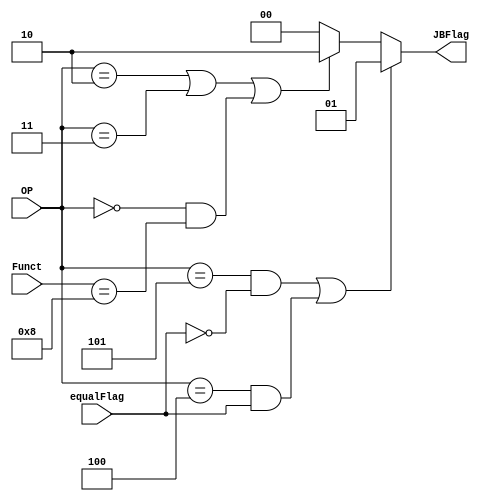
module JBControl(OP,Funct,equalFlag,JBFlag);
input [5:0] OP,Funct;
input equalFlag;
output reg[1:0] JBFlag;
 parameter R_Type = 6'b000000;
 parameter J = 6'b000010;
 parameter JAL = 6'b000011;
 parameter BEQ = 6'b000100;
 parameter BNE = 6'b000101;
 parameter JR = 6'b001000;
always @ (*) begin
  if ((OP==BNE && ~equalFlag) || (OP==BEQ && equalFlag)) JBFlag<=2'b01;
  else if ((OP == J) || (OP == JAL) || ((OP == R_Type) && (Funct == JR))) JBFlag<=2'b10;
  else JBFlag <= 2'b00;
end
endmodule

module JumpMux(OP,Funct,JRawAddr,PCPlus4,ReadData1,JAddr);
input [5:0] OP,Funct;
input [25:0] JRawAddr;
input [31:0] PCPlus4,ReadData1;
output reg [31:0] JAddr;
parameter J = 6'b000010;
parameter JAL = 6'b000011;
always @ (*) begin
  if((OP == J) || (OP == JAL)) JAddr<={PCPlus4[31:28],JRawAddr,2'b00};
  else JAddr<=ReadData1;
end
endmodule

module LinkControl(OP,Link);
parameter JAL = 6'b000011;
input [5:0] OP;
output Link;
assign Link = (OP==JAL)?1'b1:1'b0;
endmodule
module ControlUnit(reset,CtlMux,op,funct,RegWrite,MemtoReg,Branch,ALUControl,ALUSrc,RegDst,MemWrite,invalidRt);
parameter R=6'b000000;
parameter STOP = 6'b111111;
parameter lw=6'b100011;
parameter sw=6'b101011;
parameter beq=6'b000100;
parameter addi = 6'b001000; 
parameter andi = 6'b001100; 
parameter ori = 6'b001101;
parameter slti = 6'b001010;
parameter xori = 6'b001110;
//funct below
parameter addx = 6'b100000;
parameter addux = 6'b100001;
parameter subx = 6'b100010;
parameter subux = 6'b100011;
parameter andx = 6'b100100;
parameter norx = 6'b100111;
parameter orx = 6'b100101;
parameter xorx = 6'b100110;
parameter sllx = 6'b000000;
parameter sllvx = 6'b000100;
parameter srlx = 6'b000010;
parameter srlvx = 6'b000110;
parameter srax = 6'b000011;
parameter sravx = 6'b000111;
parameter sltx = 6'b101010;
parameter jrx = 6'b001000; 
  //alu code
parameter ADD = 4'b0001;
parameter AND = 4'b0010;
parameter OR = 4'b0011;
parameter SUB = 4'b0100;
parameter SLL = 4'b0101;
parameter SRL = 4'b0110;
parameter SRA = 4'b0111;
parameter LESS = 4'b1000;
parameter NOR = 4'b1001;
parameter SLLV = 4'b1010;
parameter SRLV = 4'b1011;
parameter SRAV = 4'b1100;
parameter XOR = 4'b1101;
//func
parameter J = 6'b000010;
parameter JAL = 6'b000011;
parameter BEQ = 6'b000100;
parameter BNE = 6'b000101;
parameter JR = 6'b001000;
input wire[5:0] op,funct;
input reset;
input CtlMux;
output reg RegDst,Branch,MemtoReg,MemWrite,ALUSrc,RegWrite,invalidRt;
output reg [3:0] ALUControl;

  always @(*)
  begin
if(reset==1) begin
    RegDst <= 1'b0;
   Branch <= 1'b0;
   MemtoReg <= 1'b0;
   ALUControl <= 4'b0000;
   MemWrite <= 1'b0;
   ALUSrc <= 1'b0;
   RegWrite <= 1'b0;
   invalidRt <= 1'b0;
end
  end

  always@(*)
    begin
    if(CtlMux==1'b1)
    begin
        RegDst <= 1'b0;
        Branch <= 1'b0;
        MemtoReg <= 1'b0;
        ALUControl <= 4'b0000;
        MemWrite <= 1'b0;
        ALUSrc <= 1'b0;
        RegWrite <= 1'b0;
        invalidRt <= 1'b0;
    end
    else begin
        case (op)

        STOP:
    begin
        RegDst <= 1'b0;
        Branch <= 1'b0;
        MemtoReg <= 1'b0;
        ALUControl <= 4'b0000;
        MemWrite <= 1'b0;
        ALUSrc <= 1'b0;
        RegWrite <= 1'b0;
        invalidRt <= 1'b0;
    end

        R:           

          begin
          case (funct)
                addx: begin
                    RegWrite <= 1'b1;
                    MemtoReg <= 1'b0;
                    MemWrite <= 1'b0;
                    Branch <= 1'b0;
                    ALUControl <= ADD;
                    ALUSrc <= 1'b0;
                    RegDst <= 1'b1;
                    invalidRt <= 1'b0;
                end
                addux: begin
                    RegWrite <= 1'b1;
                    MemtoReg <= 1'b0;
                    MemWrite <= 1'b0;
                    Branch <= 1'b0;
                    ALUControl <= ADD;
                    ALUSrc <= 1'b0;
                    RegDst <= 1'b1;
                    invalidRt <= 1'b0;
                end
                subx: begin
                    RegWrite <= 1'b1;
                    MemtoReg <= 1'b0;
                    MemWrite <= 1'b0;
                    Branch <= 1'b0;
                    ALUControl <= SUB;
                    ALUSrc <= 1'b0;
                    RegDst <= 1'b1;
                    invalidRt <= 1'b0;
                end
                subux: begin
                    RegWrite <= 1'b1;
                    MemtoReg <= 1'b0;
                    MemWrite <= 1'b0;
                    Branch <= 1'b0;
                    ALUControl <= SUB;
                    ALUSrc <= 1'b0;
                    RegDst <= 1'b1;
                    invalidRt <= 1'b0;
                end
                andx: begin
                    RegWrite <= 1'b1;
                    MemtoReg <= 1'b0;
                    MemWrite <= 1'b0;
                    Branch <= 1'b0;
                    ALUControl <= AND;
                    ALUSrc <= 1'b0;
                    RegDst <= 1'b1;
                    invalidRt <= 1'b0;
                end
                norx: begin
                    RegWrite <= 1'b1;
                    MemtoReg <= 1'b0;
                    MemWrite <= 1'b0;
                    Branch <= 1'b0;
                    ALUControl <= NOR;
                    ALUSrc <= 1'b0;
                    RegDst <= 1'b1;
                    invalidRt <= 1'b0;
                end
                orx: begin
                    RegWrite <= 1'b1;
                    MemtoReg <= 1'b0;
                    MemWrite <= 1'b0;
                    Branch <= 1'b0;
                    ALUControl <= OR;
                    ALUSrc <= 1'b0;
                    RegDst <= 1'b1;
                    invalidRt <= 1'b0;
                end
                xorx: begin
                    RegWrite <= 1'b1;
                    MemtoReg <= 1'b0;
                    MemWrite <= 1'b0;
                    Branch <= 1'b0;
                    ALUControl <= XOR;
                    ALUSrc <= 1'b0;
                    RegDst <= 1'b1;
                    invalidRt <= 1'b0;
                end
                sllx: begin
                    RegWrite <= 1'b1;
                    MemtoReg <= 1'b0;
                    MemWrite <= 1'b0;
                    Branch <= 1'b0;
                    ALUControl <= SLL;
                    ALUSrc <= 1'b0;
                    RegDst <= 1'b1;
                    invalidRt <= 1'b0;
                end
                sllvx: begin
                    RegWrite <= 1'b1;
                    MemtoReg <= 1'b0;
                    MemWrite <= 1'b0;
                    Branch <= 1'b0;
                    ALUControl <= SLLV;
                    ALUSrc <= 1'b0;
                    RegDst <= 1'b1;
                    invalidRt <= 1'b0;
                end
                srlx: begin
                    RegWrite <= 1'b1;
                    MemtoReg <= 1'b0;
                    MemWrite <= 1'b0;
                    Branch <= 1'b0;
                    ALUControl <= SRL;
                    ALUSrc <= 1'b0;
                    RegDst <= 1'b1;
                    invalidRt <= 1'b0;
                end
                srlvx: begin
                    RegWrite <= 1'b1;
                    MemtoReg <= 1'b0;
                    MemWrite <= 1'b0;
                    Branch <= 1'b0;
                    ALUControl <= SRLV;
                    ALUSrc <= 1'b0;
                    RegDst <= 1'b1;
                    invalidRt <= 1'b0;
                end
                srax: begin
                    RegWrite <= 1'b1;
                    MemtoReg <= 1'b0;
                    MemWrite <= 1'b0;
                    Branch <= 1'b0;
                    ALUControl <= SRA;
                    ALUSrc <= 1'b0;
                    RegDst <= 1'b1;
                    invalidRt <= 1'b0;
                end
                sravx: begin
                    RegWrite <= 1'b1;
                    MemtoReg <= 1'b0;
                    MemWrite <= 1'b0;
                    Branch <= 1'b0;
                    ALUControl <= SRAV;
                    ALUSrc <= 1'b0;
                    RegDst <= 1'b1;
                    invalidRt <= 1'b0;
                end
                sltx: begin
                    RegWrite <= 1'b1;
                    MemtoReg <= 1'b0;
                    MemWrite <= 1'b0;
                    Branch <= 1'b0;
                    ALUControl <= LESS;
                    ALUSrc <= 1'b0;
                    RegDst <= 1'b1;
                    invalidRt <= 1'b0;
                end
                JR: begin
                    RegWrite <= 1'b0;
                    MemtoReg <= 1'b0;
                    MemWrite <= 1'b0;
                    Branch <= 1'b0;
                    ALUControl <= 4'b0000;
                    ALUSrc <= 1'b0;
                    RegDst <= 1'b0;
                    invalidRt <= 1'b1;
                end
          endcase
          end
          
          
        
        lw:           

          begin
          RegDst<=0 ;
          Branch<=0 ;
          MemtoReg<=1 ;
          MemWrite<=0 ;
          ALUSrc<=1 ;
          RegWrite<=1 ;
          ALUControl<=ADD;
          invalidRt <= 1'b1;
          end
         
        
        sw:           

          begin
          //RegDst<=1'bx ;
          Branch<=0 ;
          MemtoReg<=0 ;
          MemWrite<=1 ;
          ALUSrc<=1 ;
          RegWrite<=0 ;
          ALUControl<=ADD ;
          invalidRt <= 1'b1;
          end
          
        beq:           

          begin
          //RegDst<=1'bx ;
          Branch<= 1;
          MemtoReg<=0 ;
          MemWrite<=0 ;
          ALUSrc<=0 ;
          RegWrite<=0 ;
          ALUControl<=4'b0000;
          end

	addi:           

          begin
          RegDst<=0 ;
          Branch<=0 ;
          MemtoReg<=0 ;
          MemWrite<=0 ;
          ALUSrc<=1 ;
          RegWrite<=1 ;
          ALUControl<=ADD;
          invalidRt <= 1'b1;
          end



	andi:           

          begin
          RegDst<=0 ;
          Branch<=0 ;
          MemtoReg<=0 ;
          MemWrite<=0 ;
          ALUSrc<=1 ;
          RegWrite<=1 ;
          ALUControl<=AND;
          invalidRt <= 1'b1;
          end

	ori:           

          begin
          RegDst<=0 ;
          Branch<=0 ;
          MemtoReg<=0 ;
          MemWrite<=0 ;
          ALUSrc<=1 ;
          RegWrite<=1 ;
          ALUControl<=OR;
          invalidRt <= 1'b1;
          end
    	xori:           

          begin
          RegDst<=0 ;
          Branch<=0 ;
          MemtoReg<=0 ;
          MemWrite<=0 ;
          ALUSrc<=1 ;
          RegWrite<=1 ;
          ALUControl<=XOR;
          invalidRt <= 1'b1;
          end

	slti:           

          begin
          RegDst<=0 ;
          Branch<=0 ;
          MemtoReg<=0 ;
          MemWrite<=0 ;
          ALUSrc<=1 ;
          RegWrite<=1 ;
          ALUControl<=LESS;
          invalidRt <= 1'b1;
          end
    J: begin
        RegWrite <= 1'b0;
        MemtoReg <= 1'b0;
        MemWrite <= 1'b0;
        Branch <= 1'b0;
        ALUControl <= 4'b0000;
        ALUSrc <= 1'b0;
        RegDst <= 1'b0;
        invalidRt <= 1'b1;
    end
    JAL: begin
        RegWrite <= 1'b1;
        MemtoReg <= 1'b0;
        MemWrite <= 1'b0;
        Branch <= 1'b0;
        ALUControl <= 4'b0000;
        ALUSrc <= 1'b0;
        RegDst <= 1'b0;
        invalidRt <= 1'b1;
    end
    // default: begin
    //     RegDst <= 1'b0;
    //     Branch <= 1'b0;
    //     MemtoReg <= 1'b0;
    //     ALUControl <= 4'b0000;
    //     MemWrite <= 1'b0;
    //     ALUSrc <= 1'b0;
    //     RegWrite <= 1'b0;
    //     invalidRt <= 1'b0;
    // end
      endcase
    end
    end
endmodule